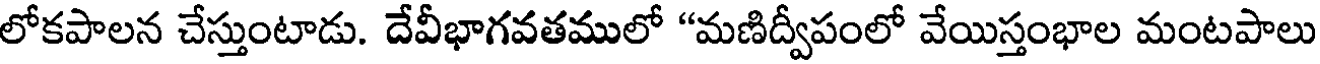
లోకపాలన చేస్తుంటాడు. దేవీభాగవతములో "మణిద్వీపంలో వేయిస్తంభాల మంటపాలు